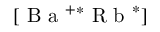
[ \mathrm { ~ B ~ a ~ } ^ { + * } \mathrm { ~ R ~ b ~ } ^ { * } ]